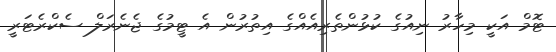
ޓޮމް އަކީ މިހާރު ނިއުގެ ކުޅުންތެރިއެއްގެ އިތުރުން އެ ޓީމުގެ ޖެނެރަލް ސެކްރެޓަރީ